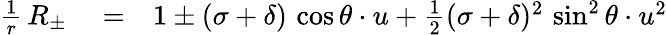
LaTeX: \begin{array}{rlr}{\frac{1}{r}\, R_{\pm}}&{{}=}&{1\pm(\sigma+\delta)\, \cos\theta\cdot u+\frac{1}{2}(\sigma+\delta)^{2}\, \sin^{2}\theta\cdot u^{2}}\end{array}